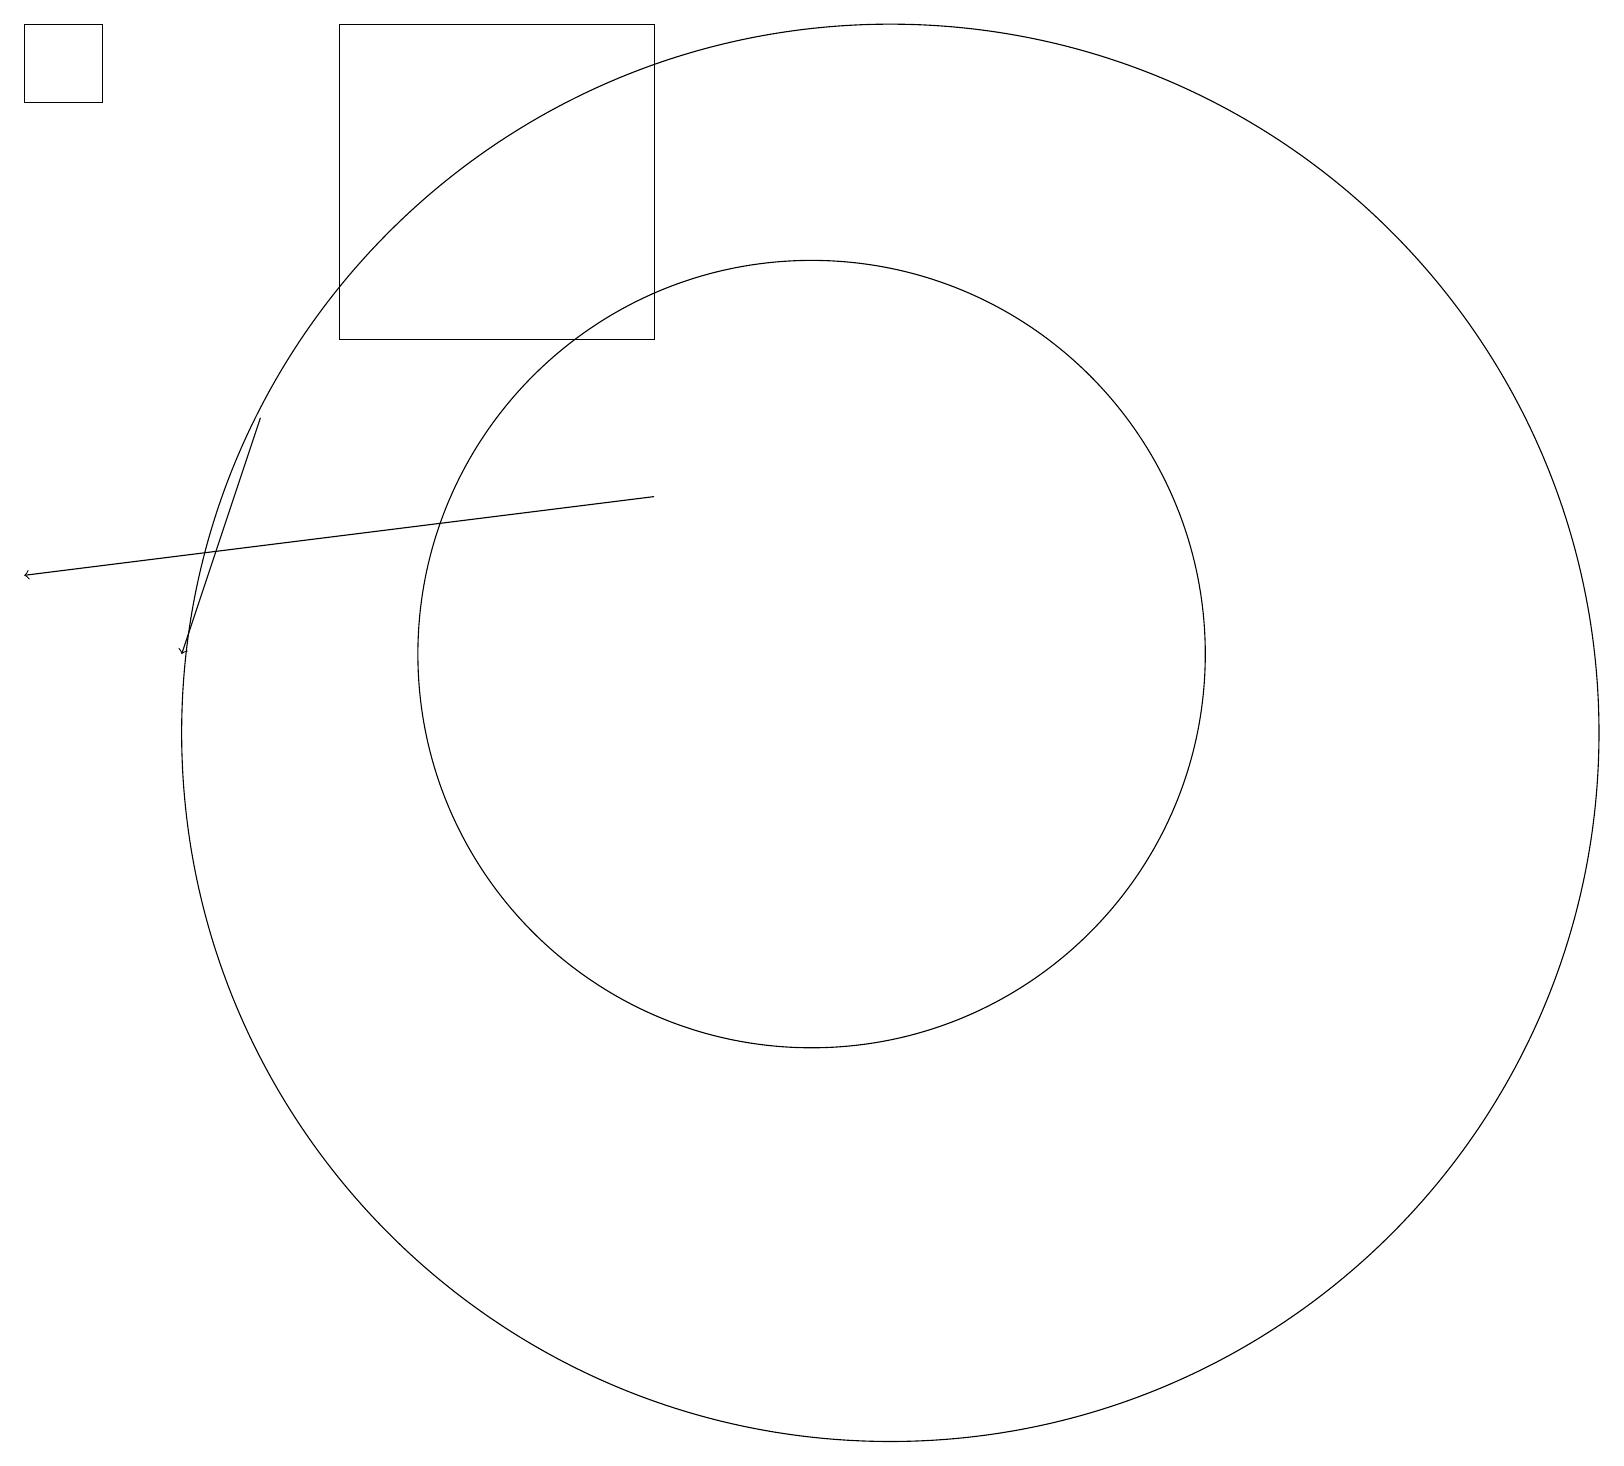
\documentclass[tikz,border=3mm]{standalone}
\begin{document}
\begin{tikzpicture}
\draw (4,15) rectangle (8,19);
\draw (11,10) circle (9);
\draw[->] (3,14) -- (2,11);
\draw[->] (8,13) -- (0,12);
\draw (10,11) circle (5);
\draw (0,19) rectangle (1,18);
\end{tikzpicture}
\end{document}